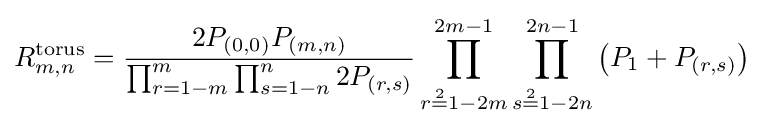
R_{m,n}^{\text{torus}}={\frac {2P_{(0,0)}P_{(m,n)}}{\prod _{r=1-m}^{m}\prod _{s=1-n}^{n}2P_{(r,s)}}}\prod _{r{\overset {2}{=}}1-2m}^{2m-1}\prod _{s{\overset {2}{=}}1-2n}^{2n-1}\left(P_{1}+P_{(r,s)}\right)\